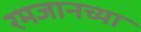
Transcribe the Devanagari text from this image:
रमजानच्या